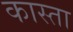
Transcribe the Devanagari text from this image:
कास्ता